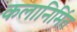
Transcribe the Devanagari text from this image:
कलानिर्मित